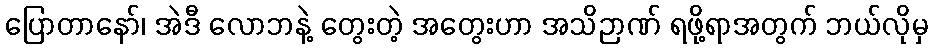
ပြောတာနော်၊ အဲဒီ လောဘနဲ့ တွေးတဲ့ အတွေးဟာ အသိဉာဏ် ရဖို့ရာအတွက် ဘယ်လိုမှ